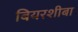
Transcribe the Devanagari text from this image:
बियरशीबा